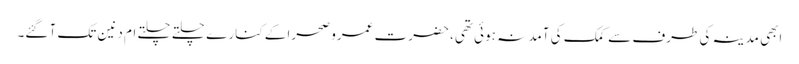
ابھی مدینہ کی طرف سے کمک کی آمد نہ ہوئی تھی، حضرت عمرو صحرا کے کنار ے چلتے چلتے ام دنین تک آ گئے۔